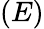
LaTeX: (E)